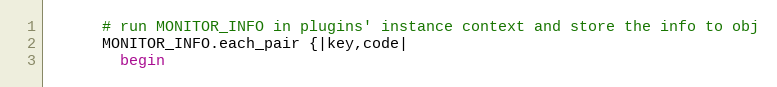
Language: Ruby
      # run MONITOR_INFO in plugins' instance context and store the info to obj
      MONITOR_INFO.each_pair {|key,code|
        begin